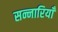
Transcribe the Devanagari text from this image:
सन्नारियाँ